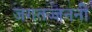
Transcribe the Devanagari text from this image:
जगतज्जननी